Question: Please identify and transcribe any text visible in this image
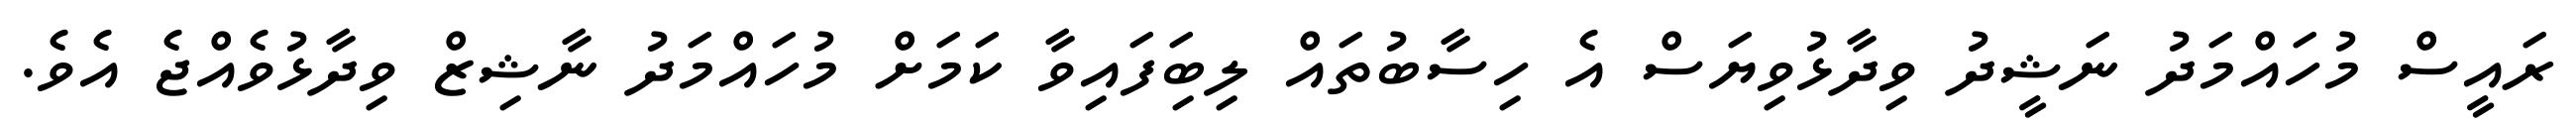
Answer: ރައީސް މުހައްމަދު ނަޝީދު ވިދާޅުވިޔަސް އެ ހިސާބުތައް ލިބިަފައިވާ ކަމަށް މުހައްމަދު ނާޝިޒް ވިދާޅުވެއްޖެ އެވެ.